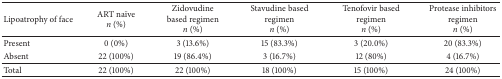
<table><thead><tr><td><b>Lipoatrophy of face</b></td><td><b>ART naïve <i>n</i> (%)</b></td><td><b>Zidovudine based regimen <i>n</i> (%)</b></td><td><b>Stavudine based regimen <i>n</i> (%)</b></td><td><b>Tenofovir based regimen<i>n</i> (%)</b></td><td><b>Protease inhibitors regimen<i>n</i> (%)</b></td></tr></thead><tbody><tr><td>Present</td><td>0 (0%)</td><td>3 (13.6%)</td><td>15 (83.3%)</td><td>3 (20.0%)</td><td>20 (83.3%)</td></tr><tr><td>Absent</td><td>22 (100%)</td><td>19 (86.4%)</td><td>3 (16.7%)</td><td>12 (80%)</td><td>4 (16.7%)</td></tr><tr><td>Total</td><td>22 (100%)</td><td>22 (100%)</td><td>18 (100%)</td><td>15 (100%)</td><td>24 (100%)</td></tr></tbody></table>